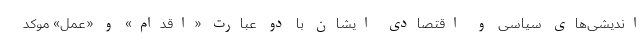
اندیشی‌های سیاسی و اقتصادی ایشان با دو عبارت «اقدام» و «عمل» موکد